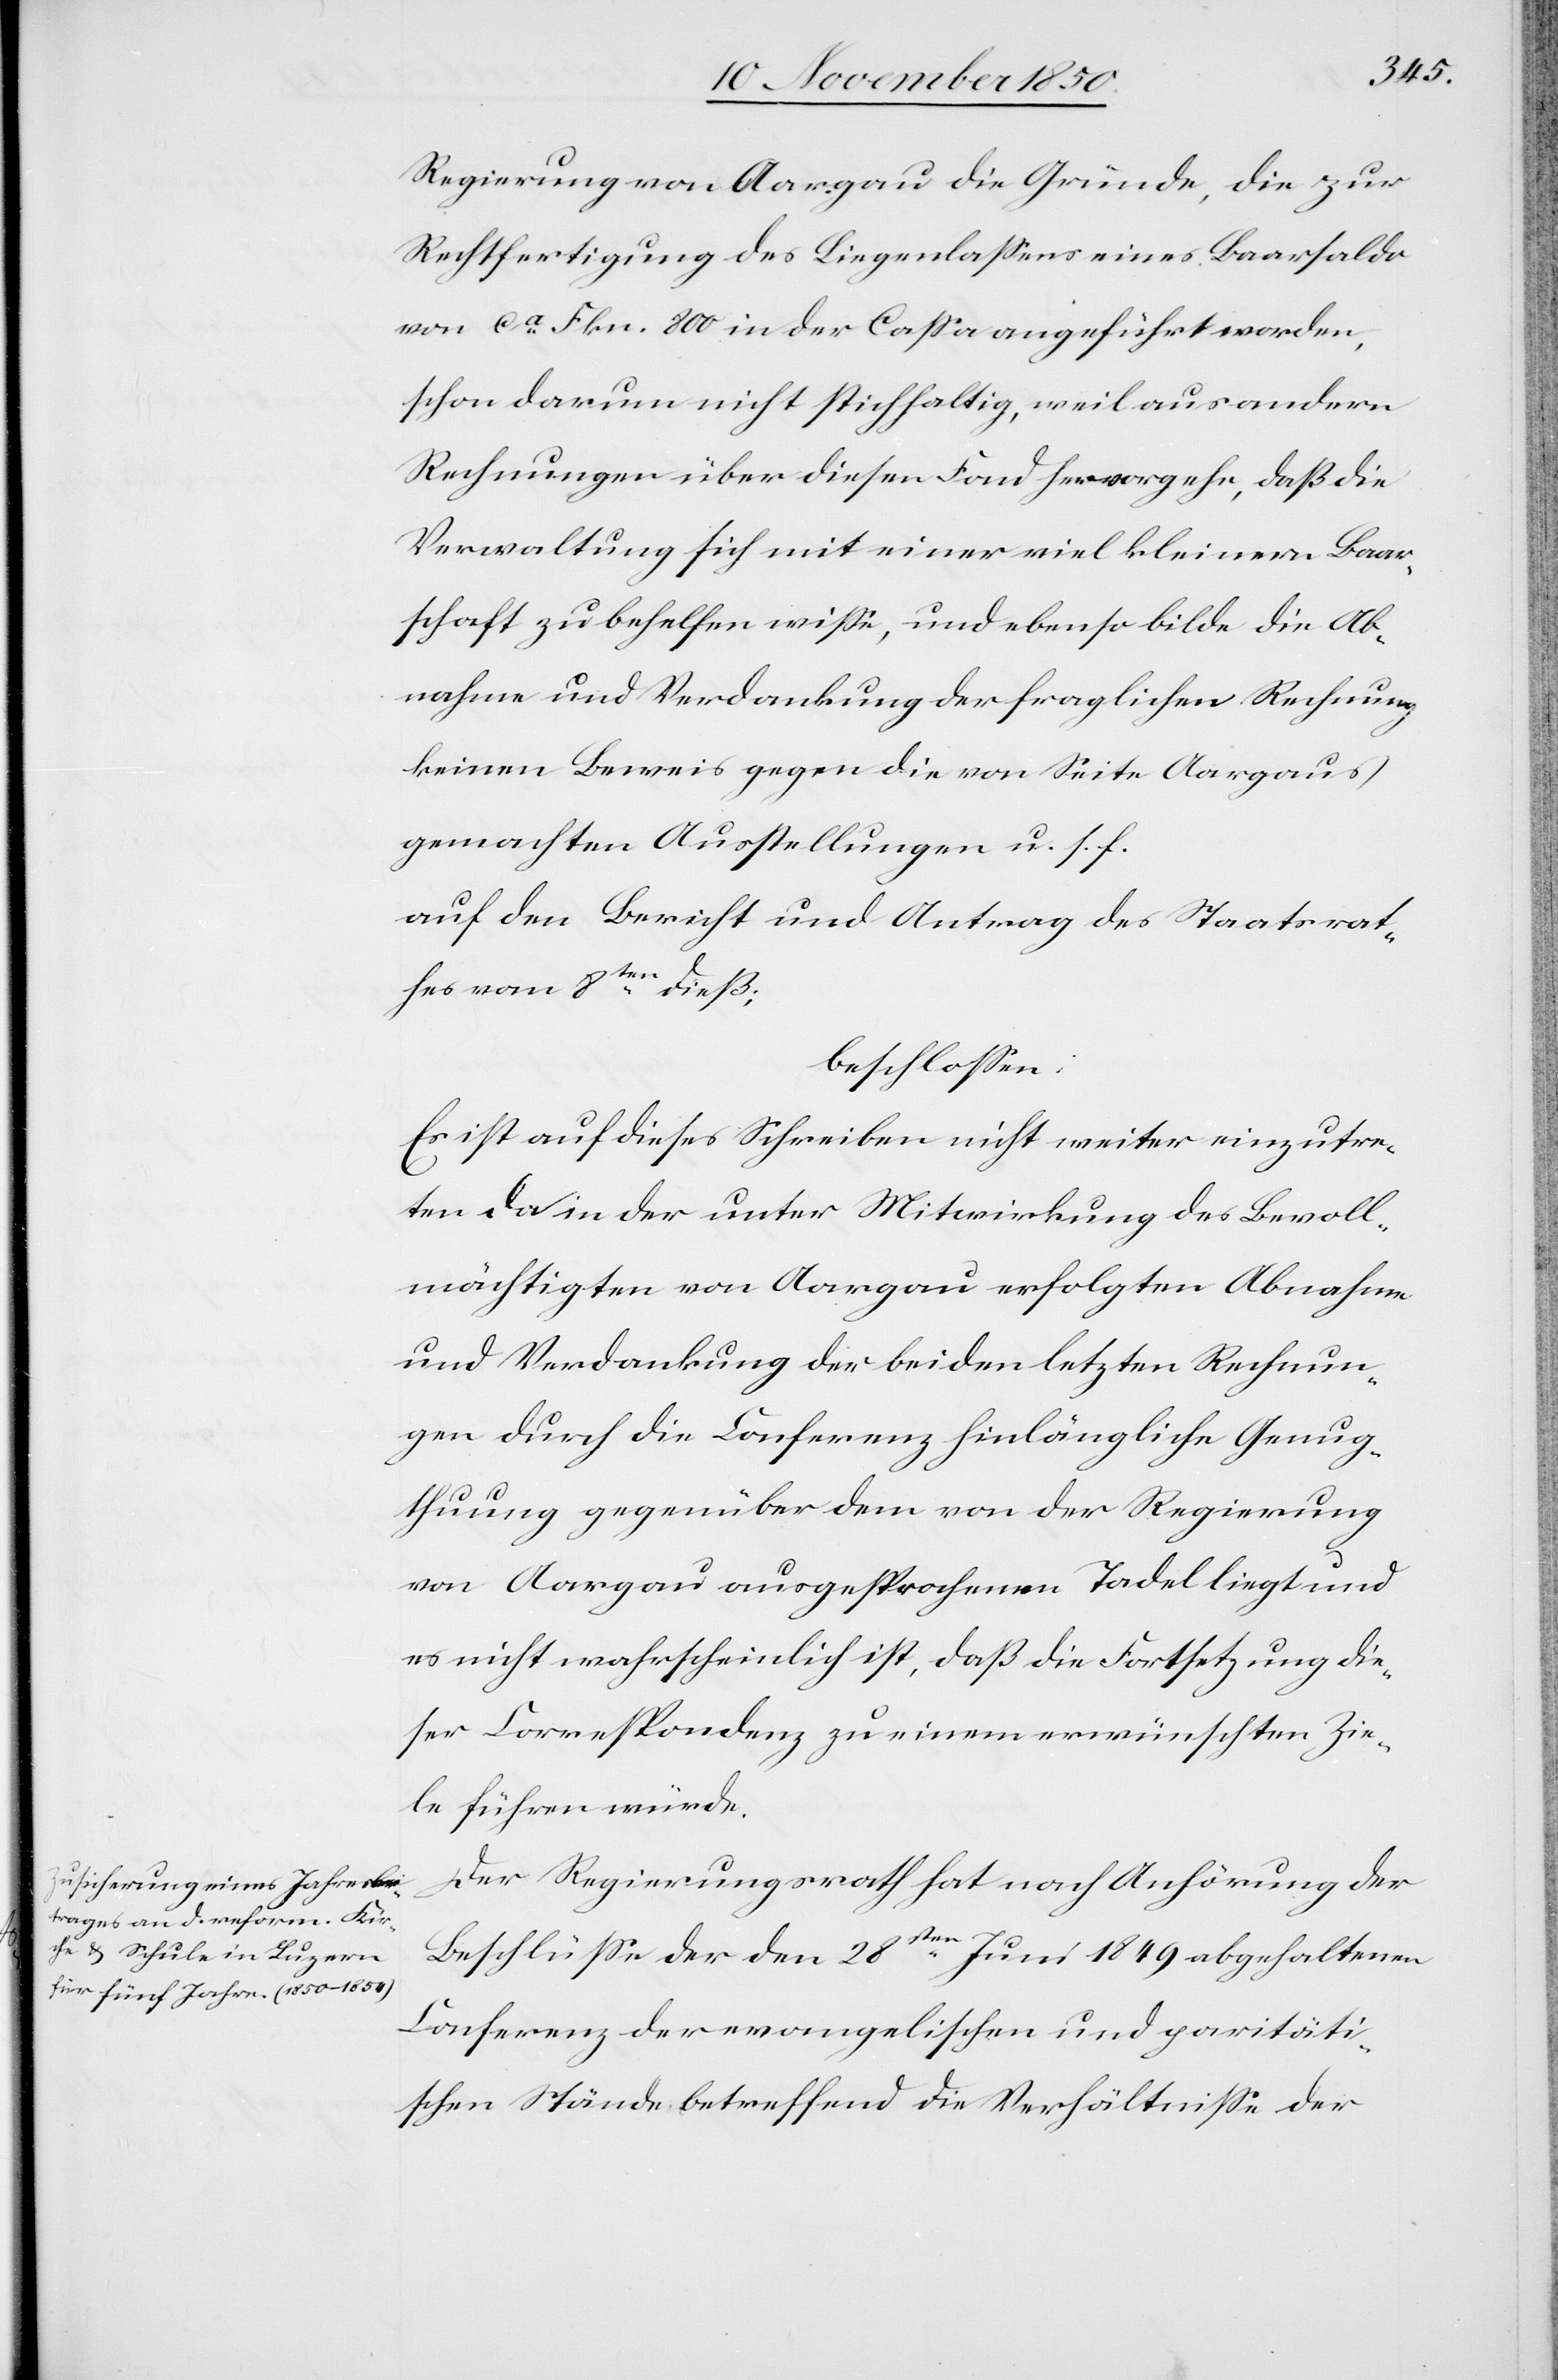
Regierung von Aargau die Gründe, die zur
Rechtfertigung des Liegenlaßens eines Baarsaldo
von ca Frkn. 800 in der Caßa angeführt worden,
schon darum nicht stichhaltig, weil aus andern
Rechnungen über diesen Fond hervorgehe, daß die
Verwaltung sich mit einer viel kleinern Baar¬
schaft zu behelfen wiße, und ebenso bilde die Ab¬
nahme und Verdankung der fraglichen Rechnung
keinen Beweis gegen die von Seite Aargaus
gemachten Ausstellungen u. s. f.
auf den Bericht und Antrag des Staatsrat¬
hes vom 8ten dieß;
beschloßen:
Es ist auf dieses Schreiben nicht weiter einzutre¬
ten da in der unter Mitwirkung des Bevoll¬
mächtigten von Aargau erfolgten Abnahme
und Verdankung der beiden letzten Rechnun¬
gen durch die Conferenz hinlängliche Genug¬
thuung gegenüber dem von der Regierung
von Aargau ausgesprochenen Tadel liegt und
es nicht wahrscheinlich ist, daß die Fortsetzung die¬
ser Correspondenz zu einem erwünschten Zie¬
le führen würde.
Der Regierungsrath hat nach Anhörung der
Beschlüße der den 28sten Juni 1849 abgehaltenen
Conferenz der evangelischen und paritäti¬
schen Stände betreffend die Verhältniße der